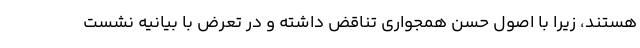
هستند، زیرا با اصول حسن همجواری تناقض داشته و در تعرض با بیانیه نشست